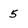
Character: 5